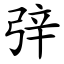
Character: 㢹